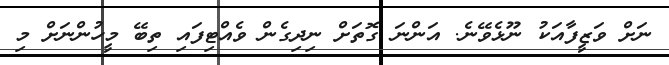
ނަށް ވަޒީފާއަކު ނޫޅެވޭނެ. އަންނަ ގޮތަށް ނިދިގެން ވެއްޓިފައި ތިބޭ މީހުންނަށް މި